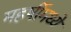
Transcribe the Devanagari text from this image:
महर्षीमध्यें